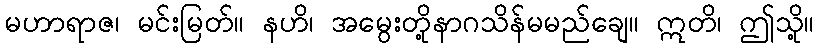
မဟာရာဇ၊ မင်းမြတ်။ နဟိ၊ အမွေးတို့နာဂသိန်မမည်ချေ။ ဣတိ၊ ဤသို့။